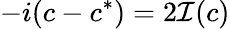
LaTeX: -i(c-c^{*})=2\mathcal{I}(c)